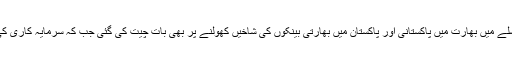
ظفر محمود نے بتایا کہ اقتصادی روابط کو فروغ دینے کے سلسلے میں بھارت میں پاکستانی اور پاکستان میں بھارتی بینکوں کی شاخیں کھولنے پر بھی بات چیت کی گئی جب کہ سرمایہ کاری کی راہ میں حائل رکاوٹیں دور کرنے کا معاملہ بھی زیر بحث آیا۔